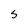
Character: S